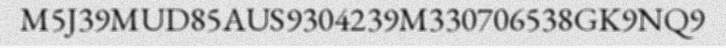
M5J39MUD85AUS9304239M330706538GK9NQ9